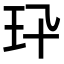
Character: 𤣭